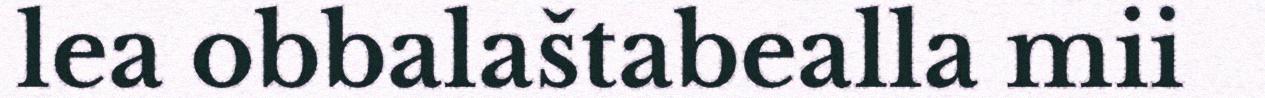
lea obbalaštabealla mii